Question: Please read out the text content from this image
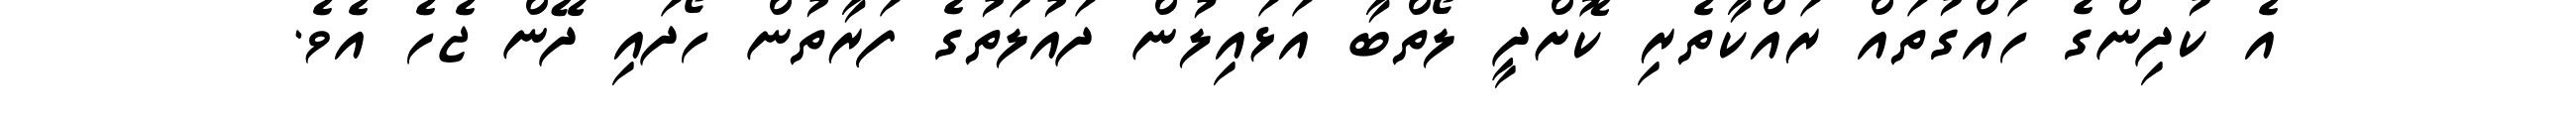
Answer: އެ ކުދިންގެ ހައްގުތައް ރައްކާތެރި ކޮށްދީ ލޯތްބާ އަޅައިލުން ދައުލަތުގެ ފަރާތުން ހޯދައި ދޭން ޖެހެ އެވެ.